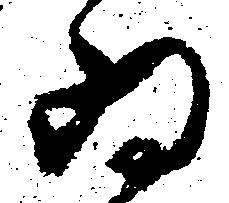
為